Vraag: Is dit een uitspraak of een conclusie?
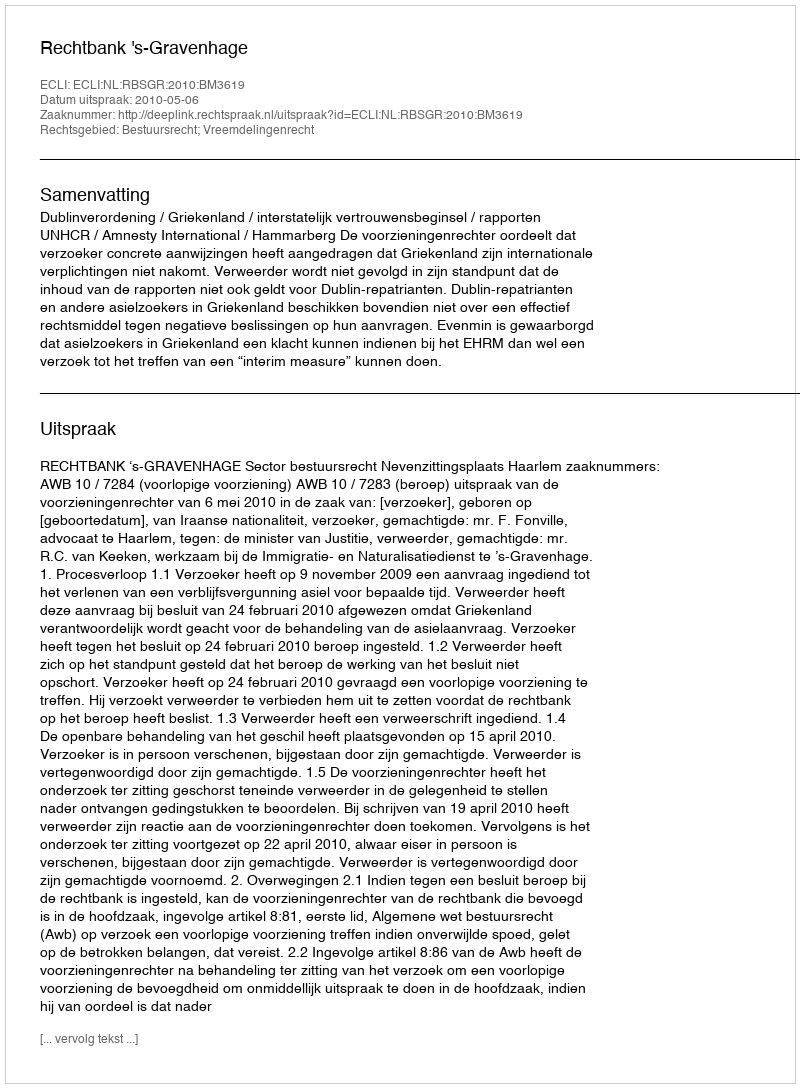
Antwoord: Uitspraak